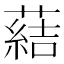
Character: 𦺢